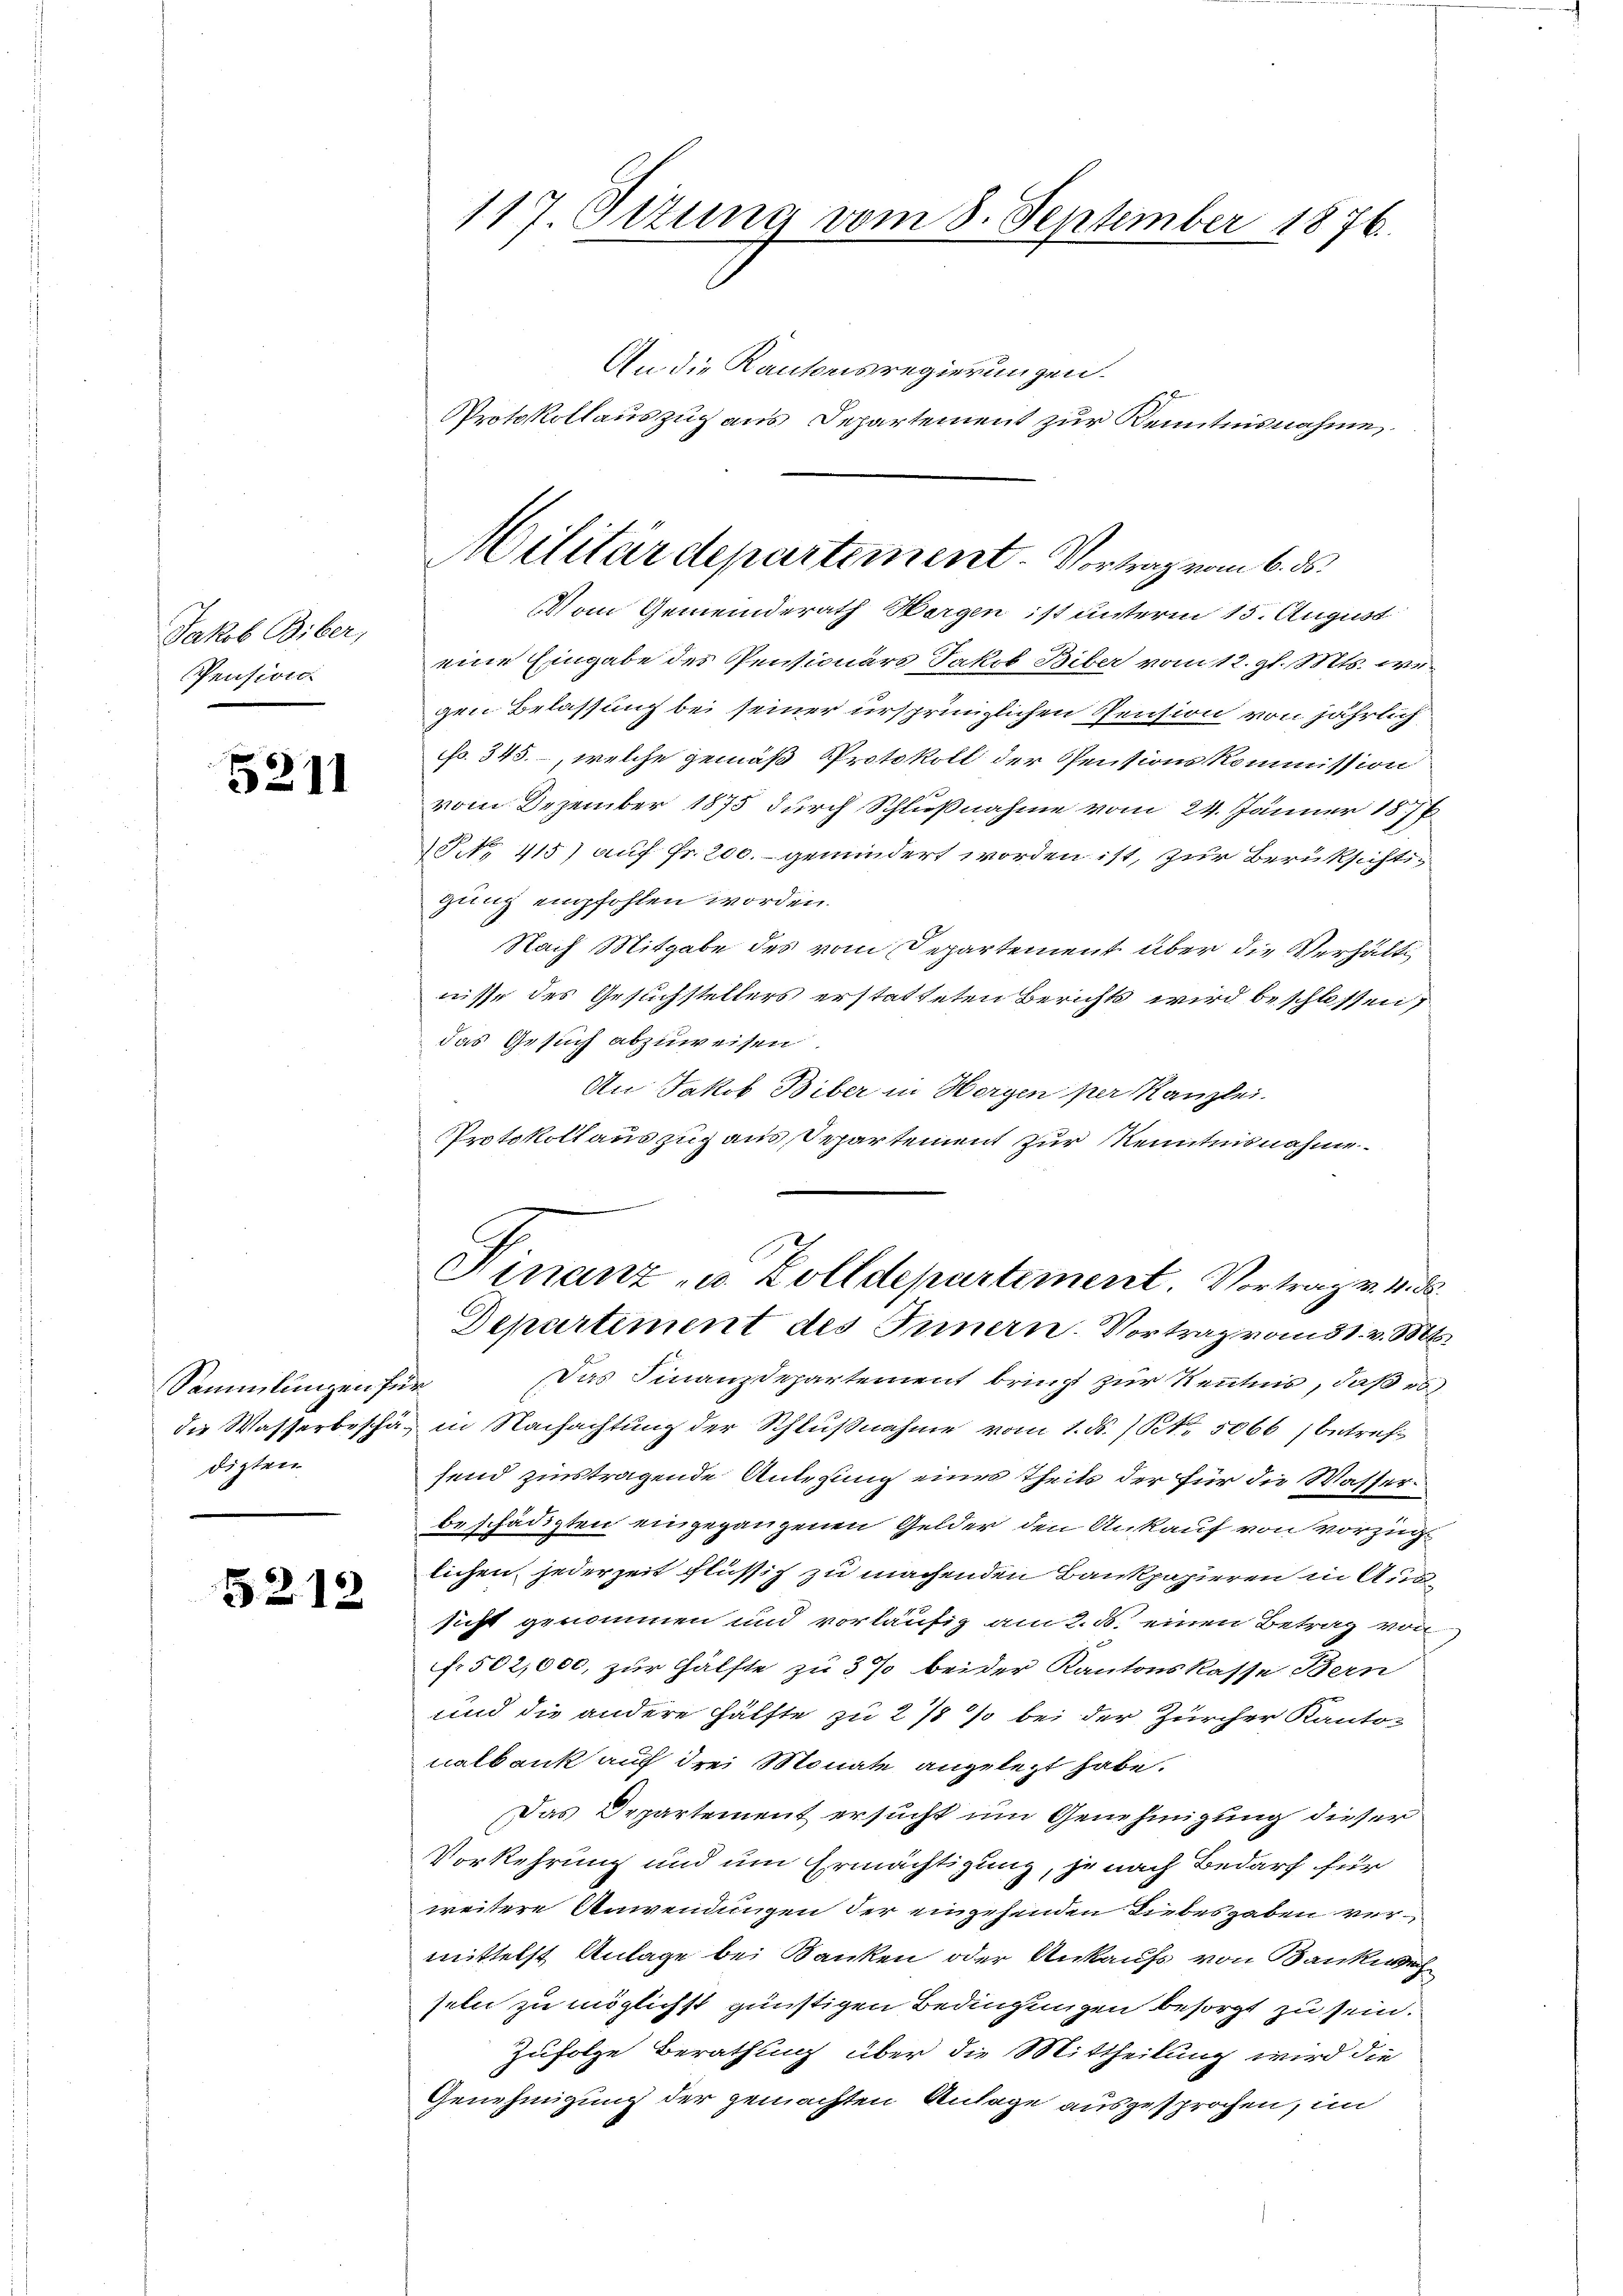
Aathal Aber
Pension.

5211

Sammlungen für
dizten

5212

117. Ottung vom 8. September 1876.

Militärdepartement. Vortrag vom 6. ds.

An die Kantonsregierungen.
Protokollauszug aus Departement zur Kenntnisnahme
Vom Gemeinderath Horgen ist unterm 15. August
eine Eingabe des Pentionärs Jakob Biber vom 12. gl. Mts. wegen Belassung bei seiner ursprünglichen Pension von jährlich
No. 345. –, welche gemäß Protokoll der Pensionskommission
vom Dezember 1875 durch Schlußnahme vom 24. Jänner 1877
NNo. 415) auf Fr. 200. gemindert worden ist, zur Berüksichtigung empfohlen worden.
Nach Mitgabe des vom Departement über die Verhälti
nisse des Gesuchstellers erstatteten Berichts wird beschlossen,
das Gesuch abzuweisen.
An Jakob Biber in Horgen per Kanzlei.
Protokollauszug aus Separtement zur Kenntnisnahme.

Das Finanzdepartement bringt zur Kenntnis, daß es
die Wasserbeschäf in Nachachtung der Schlußnahme vom 1. ds. /Kk. 5066) betrefsend zinstragende Anlegung eines Theils der für die Wasserbeschädigten eingegangenen Gelder den Ankauf von vorzüglichen jederzeit flüssig zu machenden Bankpapieren in Aussicht genommen und vorläufig am 2. d. einen Betrag von
f. 502,000, zur Hälfte zu 3 % beider Kantonskasse Bern
und die andere Hälfte zu 2 % % bei der Zürcher Kanton
nalbank auf drei Monate angelegt habe.
Das Departement ersucht um Genehmigung dieser
Vorkehrung und um Ermächtigung, je nach Bedarf für
weitere Anwendungen der eingehenden Liebesgaben vermittelst Anlage bei Banken oder Ankaufs von Bankweh
seln zu möglichst günstigen Bedingungen besorgt zu sein.
Zufolge Berathung über die Mittheilung wird die
Genehmigung der gemachten Anlage ausgesprochen, im

Hinanz- u. Zolldepartement. Vortrag v. 4. d.
Departement des Innern. Vortrag vom 31. v. Mts.